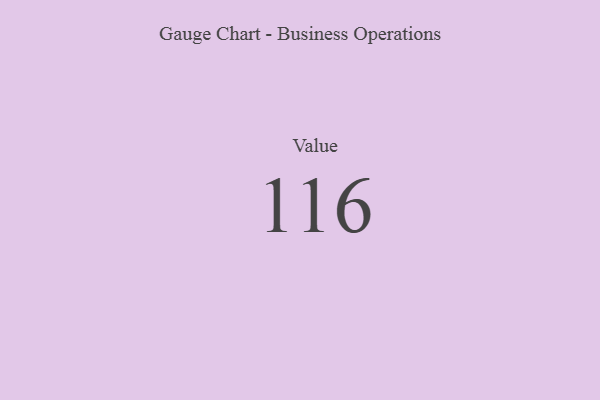
{"axis": {"x": "Metric", "y": "Value"}, "legend": [""], "data": [{"x": "Value", "y": 116, "type": ""}]}